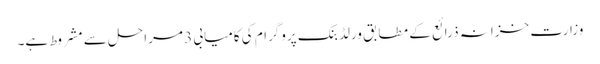
وزارت خزانہ ذرائع کے مطابق ورلڈ بنک پروگرام کی کامیابی 3 مراحل سے مشروط ہے۔